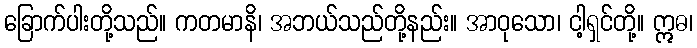
ခြောက်ပါးတို့သည်။ ကတမာနိ၊ အဘယ်သည်တို့နည်း။ အာဝုသော၊ ငါ့ရှင်တို့။ ဣဓ၊